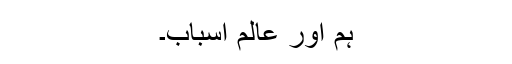
ہم اور عالمِ اسباب۔